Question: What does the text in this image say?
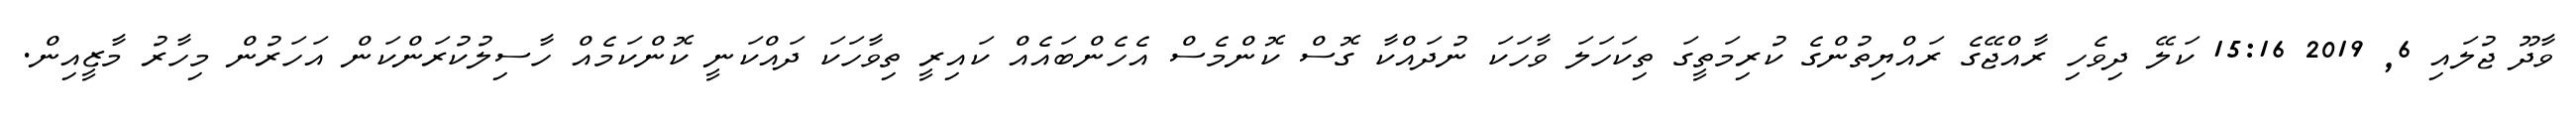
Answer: ވާދޫ ޖުލައި 6, 2019 15:16 ކަލޭ ދިވެހި ރާއްޖޭގެ ރައްޔިތުންގެ ކުރިމަތީގަ ތިކަހަލަ ވާހަކަ ނުދައްކާ ގޮސް ކޮންމެސް އެހެންބައެއް ކައިރީ ތިވާހަކަ ދައްކަނީ ކޮންކަމެއް ހާސިލުކުރަންކަން އަހަރުން މިހާރު މާޒީއިން.